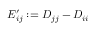
E _ { i j } ^ { \prime } : = D _ { j j } - D _ { i i }